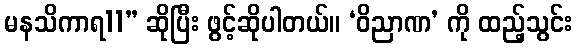
မနသိကာရ11” ဆိုပြီး ဖွင့်ဆိုပါတယ်။ ‘ဝိညာဏ’ ကို ထည့်သွင်း